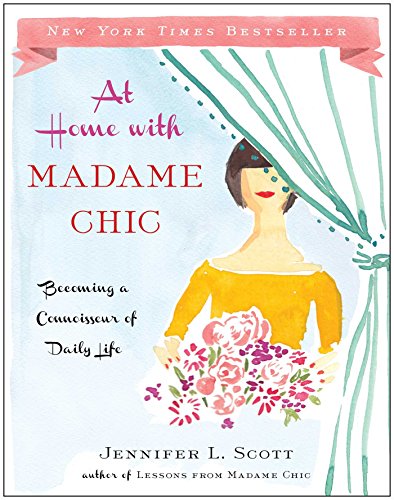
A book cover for At Home with Madame Chic: Becoming a Connoisseur of Daily Life; Jennifer L. Scott; Crafts, Hobbies & Home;